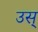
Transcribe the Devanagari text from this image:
उस्